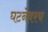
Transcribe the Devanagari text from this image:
घटनेवरच